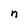
Character: n